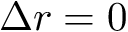
\Delta r = 0